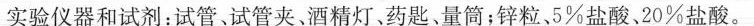
实验仪器和试剂：试管、试管夹。酒精灯、药匙、量筒；锌粒。5%盐酸，20%盐酸。